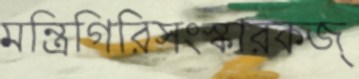
মন্ত্রিগিরিসংস্কারকজ্